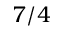
7 / 4